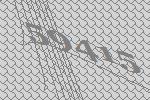
59415